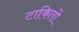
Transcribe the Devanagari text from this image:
टाकितो